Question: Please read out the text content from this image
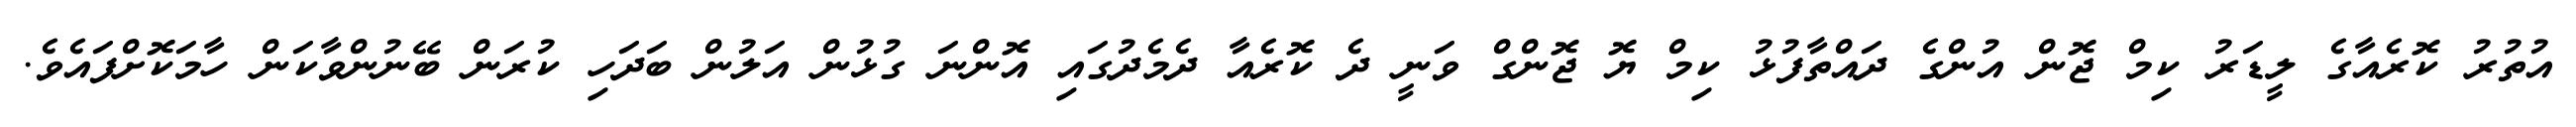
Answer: އުތުރު ކޮރެއާގެ ލީޑަރު ކިމް ޖޮން އުންގެ ދައްތާފުޅު ކިމް ޔޮ ޖޮންގް ވަނީ ދެ ކޮރެއާ ދެމެދުގައި އޮންނަ ގުޅުން އަލުން ބަދަހި ކުރަން ބޭނުންވާކަން ހާމަކޮށްފައެވެ.